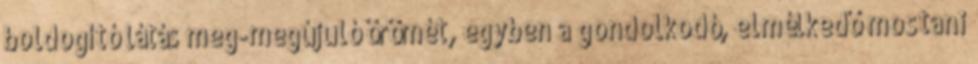
boldogító látás meg-megújuló örömét, egyben a gondolkodó, elmélkedő mostani